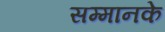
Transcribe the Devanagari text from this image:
सम्मानके